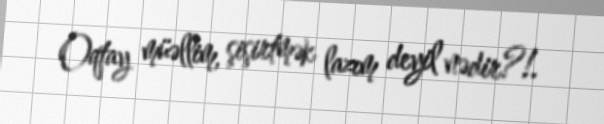
Oqtay müəllim, şişirtmək lazım deyil nədir?!.